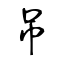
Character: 吊